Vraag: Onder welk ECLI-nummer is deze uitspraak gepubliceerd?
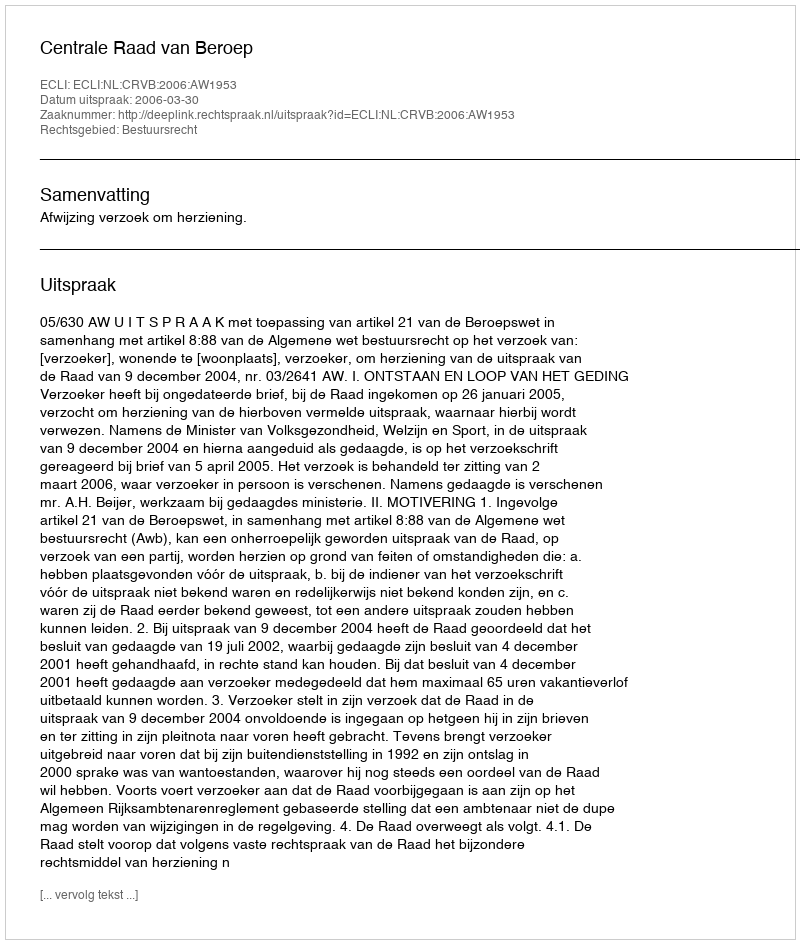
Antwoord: ECLI:NL:CRVB:2006:AW1953